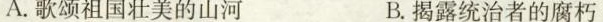
A.歌颂祖国壮美的山河 B.揭露统治者的腐朽